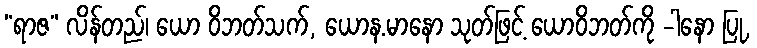
“ရာဇ” လိန်တည်၊ ယော ဝိဘတ်သက်, ယောန.မာနော သုတ်ဖြင့် ယောဝိဘတ်ကို -ါနော ပြု,